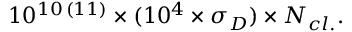
1 0 ^ { 1 0 \, ( 1 1 ) } \times ( 1 0 ^ { 4 } \times \sigma _ { D } ) \times N _ { c l . } .